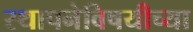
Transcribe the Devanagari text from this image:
स्थापनेविषयीच्या